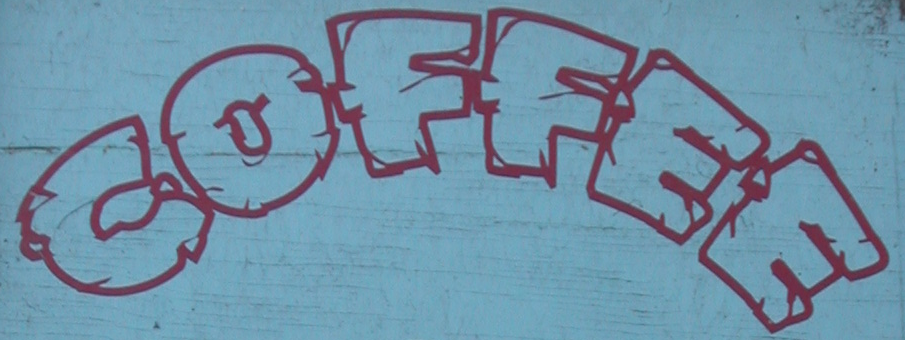
COFFEE